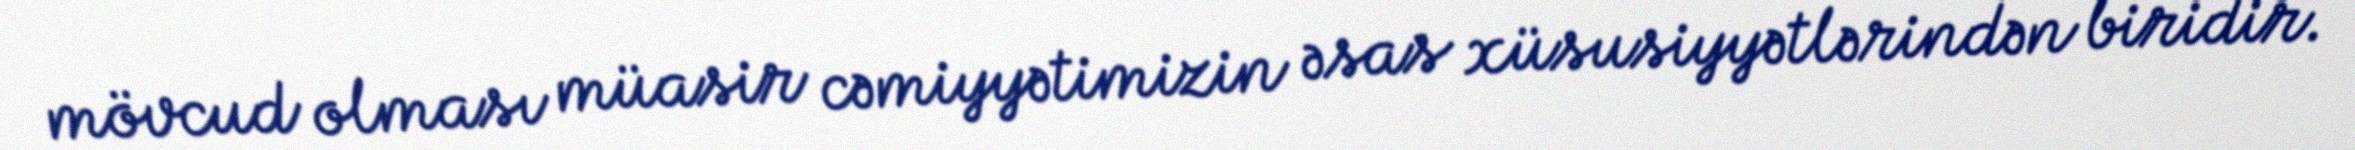
mövcud olması müasir cəmiyyətimizin əsas xüsusiyyətlərindən biridir.